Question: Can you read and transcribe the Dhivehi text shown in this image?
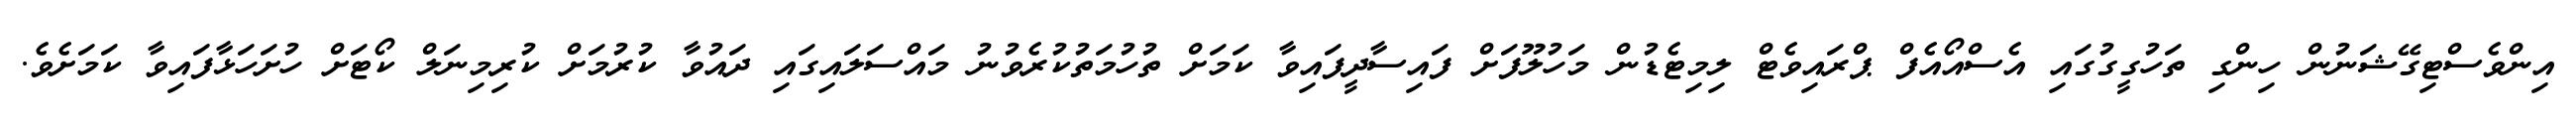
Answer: އިންވެސްޓިގޭޝަނުން ހިންގި ތަހުގީގުގައި އެސްއޯއެފް ޕްރައިވެޓް ލިމިޓެޑުން މަހުލޫފަށް ފައިސާދީފައިވާ ކަމަށް ތުހުމަތުކުރެވުނު މައްސަލައިގައި ދައުވާ ކުރުމަށް ކުރިމިނަލް ކޯޓަށް ހުށަހަޅާފައިވާ ކަމަށެވެ.